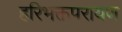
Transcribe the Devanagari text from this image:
हरिभक्तपरायण